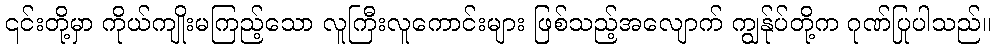
၎င်းတို့မှာ ကိုယ်ကျိုးမကြည့်သော လူကြီးလူကောင်းများ ဖြစ်သည့်အလျောက် ကျွန်ုပ်တို့က ဂုဏ်ပြုပါသည်။